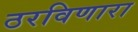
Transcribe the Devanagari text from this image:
ठरविणारा